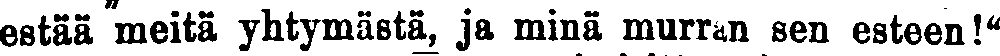
estää meitä yhtymästä, ja minä murran sen esteen!"